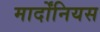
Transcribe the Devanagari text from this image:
मार्दोंनियस